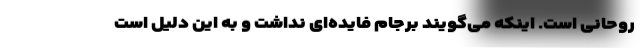
روحانی است. اینکه می‌گویند برجام فایده‌ای نداشت و به این دلیل است